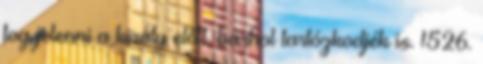
fog jelenni a király előtt, bárhol tartózkodjék is. 1526.